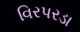
વિરપરડા